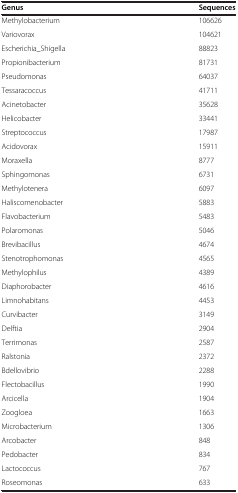
<table><thead><tr><td><b>Genus</b></td><td><b>Sequences</b></td></tr></thead><tbody><tr><td>Methylobacterium</td><td>106626</td></tr><tr><td>Variovorax</td><td>104621</td></tr><tr><td>Escherichia_Shigella</td><td>88823</td></tr><tr><td>Propionibacterium</td><td>81731</td></tr><tr><td>Pseudomonas</td><td>64037</td></tr><tr><td>Tessaracoccus</td><td>41711</td></tr><tr><td>Acinetobacter</td><td>35628</td></tr><tr><td>Helicobacter</td><td>33441</td></tr><tr><td>Streptococcus</td><td>17987</td></tr><tr><td>Acidovorax</td><td>15911</td></tr><tr><td>Moraxella</td><td>8777</td></tr><tr><td>Sphingomonas</td><td>6731</td></tr><tr><td>Methylotenera</td><td>6097</td></tr><tr><td>Haliscomenobacter</td><td>5883</td></tr><tr><td>Flavobacterium</td><td>5483</td></tr><tr><td>Polaromonas</td><td>5046</td></tr><tr><td>Brevibacillus</td><td>4674</td></tr><tr><td>Stenotrophomonas</td><td>4565</td></tr><tr><td>Methylophilus</td><td>4389</td></tr><tr><td>Diaphorobacter</td><td>4616</td></tr><tr><td>Limnohabitans</td><td>4453</td></tr><tr><td>Curvibacter</td><td>3149</td></tr><tr><td>Delftia</td><td>2904</td></tr><tr><td>Terrimonas</td><td>2587</td></tr><tr><td>Ralstonia</td><td>2372</td></tr><tr><td>Bdellovibrio</td><td>2288</td></tr><tr><td>Flectobacillus</td><td>1990</td></tr><tr><td>Arcicella</td><td>1904</td></tr><tr><td>Zoogloea</td><td>1663</td></tr><tr><td>Microbacterium</td><td>1306</td></tr><tr><td>Arcobacter</td><td>848</td></tr><tr><td>Pedobacter</td><td>834</td></tr><tr><td>Lactococcus</td><td>767</td></tr><tr><td>Roseomonas</td><td>633</td></tr></tbody></table>